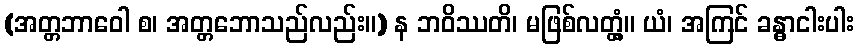
(အတ္တဘာဝေါ စ၊ အတ္တဘောသည်လည်း။) န ဘဝိဿတိ၊ မဖြစ်လတ္တံ့။ ယံ၊ အကြင် ခန္ဓာငါးပါး